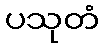
ပသုတံ